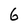
Character: 6